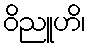
ဝိညူဟိ၊